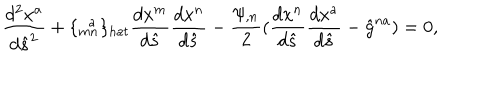
LaTeX: \frac { d ^ { 2 } x ^ { a } } { d \hat { s } ^ { 2 } } + \{ _ { m n } ^ { \; \; a } \} _ { h a t } \frac { d x ^ { m } } { d \hat { s } } \frac { d x ^ { n } } { d \hat { s } } - \frac { \psi _ { , n } } { 2 } ( \frac { d x ^ { n } } { d \hat { s } } \frac { d x ^ { a } } { d \hat { s } } - \hat { g } ^ { n a } ) = 0 ,